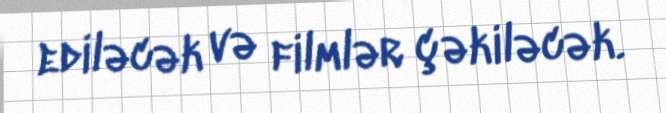
ediləcək və filmlər çəkiləcək.